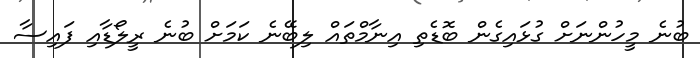
ބުނެ މީހުންނަށް ގުޅައިގެން ބޮޑެތި އިނާމްތައް ލިބޭނެ ކަމަށް ބުނެ ރީލޯޑާއި ފައިސާ